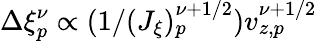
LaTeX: \Delta\xi_{p}^{\nu}\propto(1/(J_{\xi})_{p}^{\nu+1/2})v_{z,p}^{\nu+1/2}